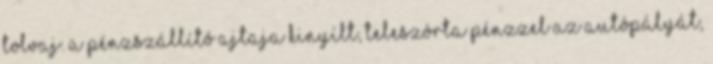
tolvaj. A pénzszállító ajtaja kinyílt, teleszórta pénzzel az autópályát,